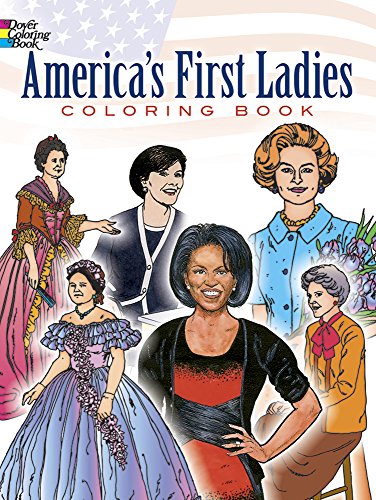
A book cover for America's First Ladies Coloring Book (Dover History Coloring Book); Leslie Franz; Children's Books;